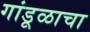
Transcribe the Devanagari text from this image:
गांडूळाचा